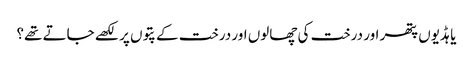
یا ہڈیوں پتھر اور درخت کی چھالوں اور درخت کے پتوں پر لکھے جاتے تھے؟